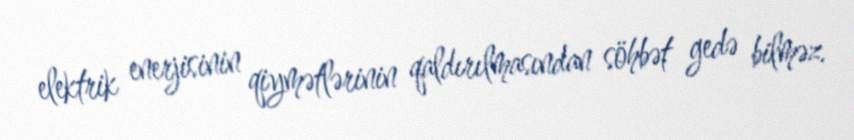
elektrik enerjisinin qiymətlərinin qaldırılmasından söhbət gedə bilməz.